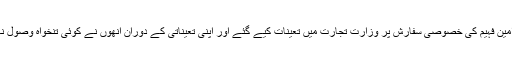
مخدوم امین فہیم کی خصوصی سفارش پر وزارت تجارت میں تعینات کیے گئے اور اپنی تعیناتی کے دوران انھوں نے کوئی تنخواہ وصول نہیں کی۔